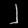
Digit: ၂